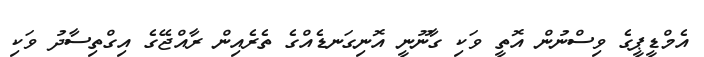
އެމްޑީޕީގެ ވިސްނުން އޮތީ ވަކި ގާނޫނީ އޮނިގަނޑެއްގެ ތެރެއިން ރާއްޖޭގެ އިގްތިސާދު ވަކި